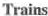
Trains